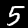
Label: 5